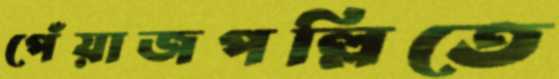
পেঁয়াজপল্লিতে